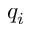
q _ { i }